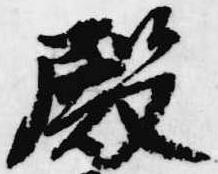
殿